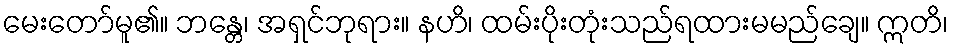
မေးတော်မူ၏။ ဘန္တေ၊ အရှင်ဘုရား။ နဟိ၊ ထမ်းပိုးတုံးသည်ရထားမမည်ချေ။ ဣတိ၊